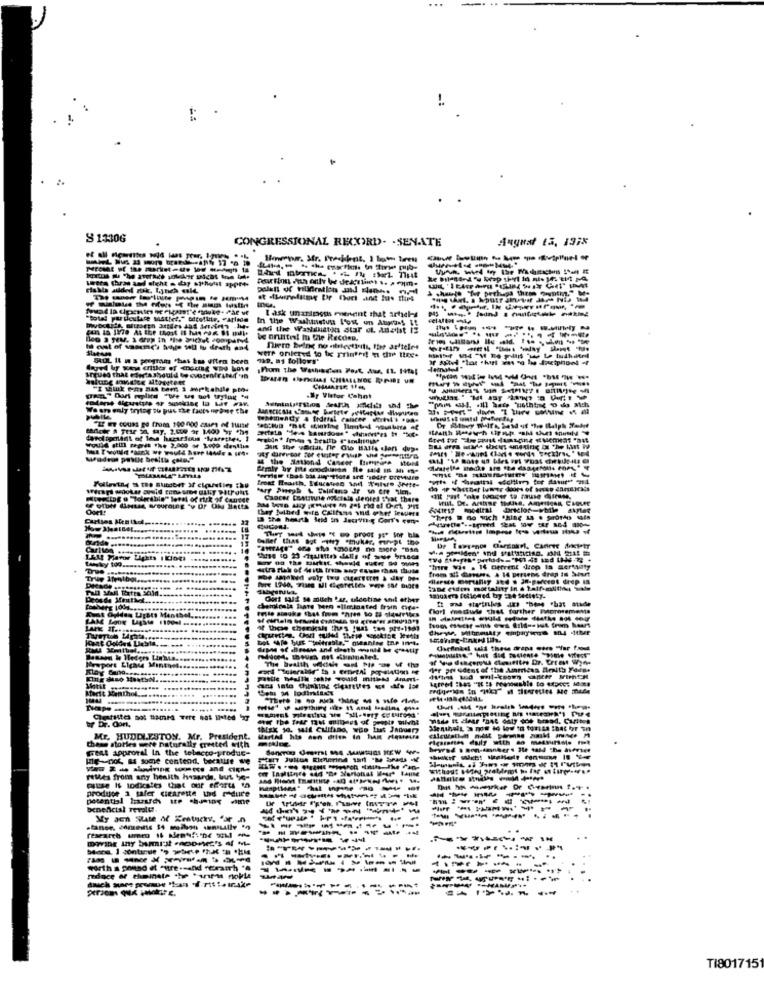
-:
S 1330G
CONGRESSIONAL REXIRD- . SENATE
August 13, 137%
I ask unanimous menent that arteks
And the Waysustan Star of Adaist 13
-------
hoe 3 SEM. 2 drop in fine brichst comparvi
be onites! mu fle Recono,
It est of sasune's hoje sou lu death and
niero being no nistectisits, the ardteles
719. as follows"
were oniered to tx Printed! a che toe.
holung annetse altposteet
arques that eder's should be cvetenfrted in
CHMARSE IFE
.By Viator Cahnt
JIK the varta, nr Gio Balls sens dup.
& the Alationd Cancer Birmingse Mons
Cancer Continuie dolcials denies S'yat there
thay Mutbed wife Cklfans vhd other trouers
Cartles Hen thd.
13 the hearth Seid ins Jecavt-g Conf's cone
"hers @ no sich thing & . Suordo some
........
CUPRA.
aller tiLas Bot my chukar, Frept the
There Was . 16 Derrent drep Is Sertauty
from & drugs & 14 persone drap is Siert
---
Ditadie ..
Oost salt se mitch .sr, uldetine snil other
module that farther Borotements
AM Looy Lighte 1100ml =
4 thee chemicals thes just toe pre-19)
It Menthol ...
Cem M4 lodindict
Made It clear "844 daly soe brand. Caritos
br Dr. Oort,
Mr. HUDDLESTON. Mr. President.
these stories more naturally trusted with
Get approral In the tobacco-produc-
HE-not a some centend.berte -
retes from any health hasards, but te-
cause It todicales that our efforts th
produce a safer ticarette thd riduce
---
----------
------ -
----
..
----------
--------
-----
worth a ponad et sure -- and rerauch ".
-
-------
medace of theinste the tarifas fokte
---------
TI801715